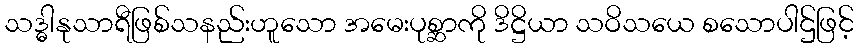
သဒ္ဓါနုသာရီဖြစ်သနည်းဟူသော အမေးပုစ္ဆာကို ဒိဋ္ဌိယာ သဝိသယေ စသောပါဌ်ဖြင့်